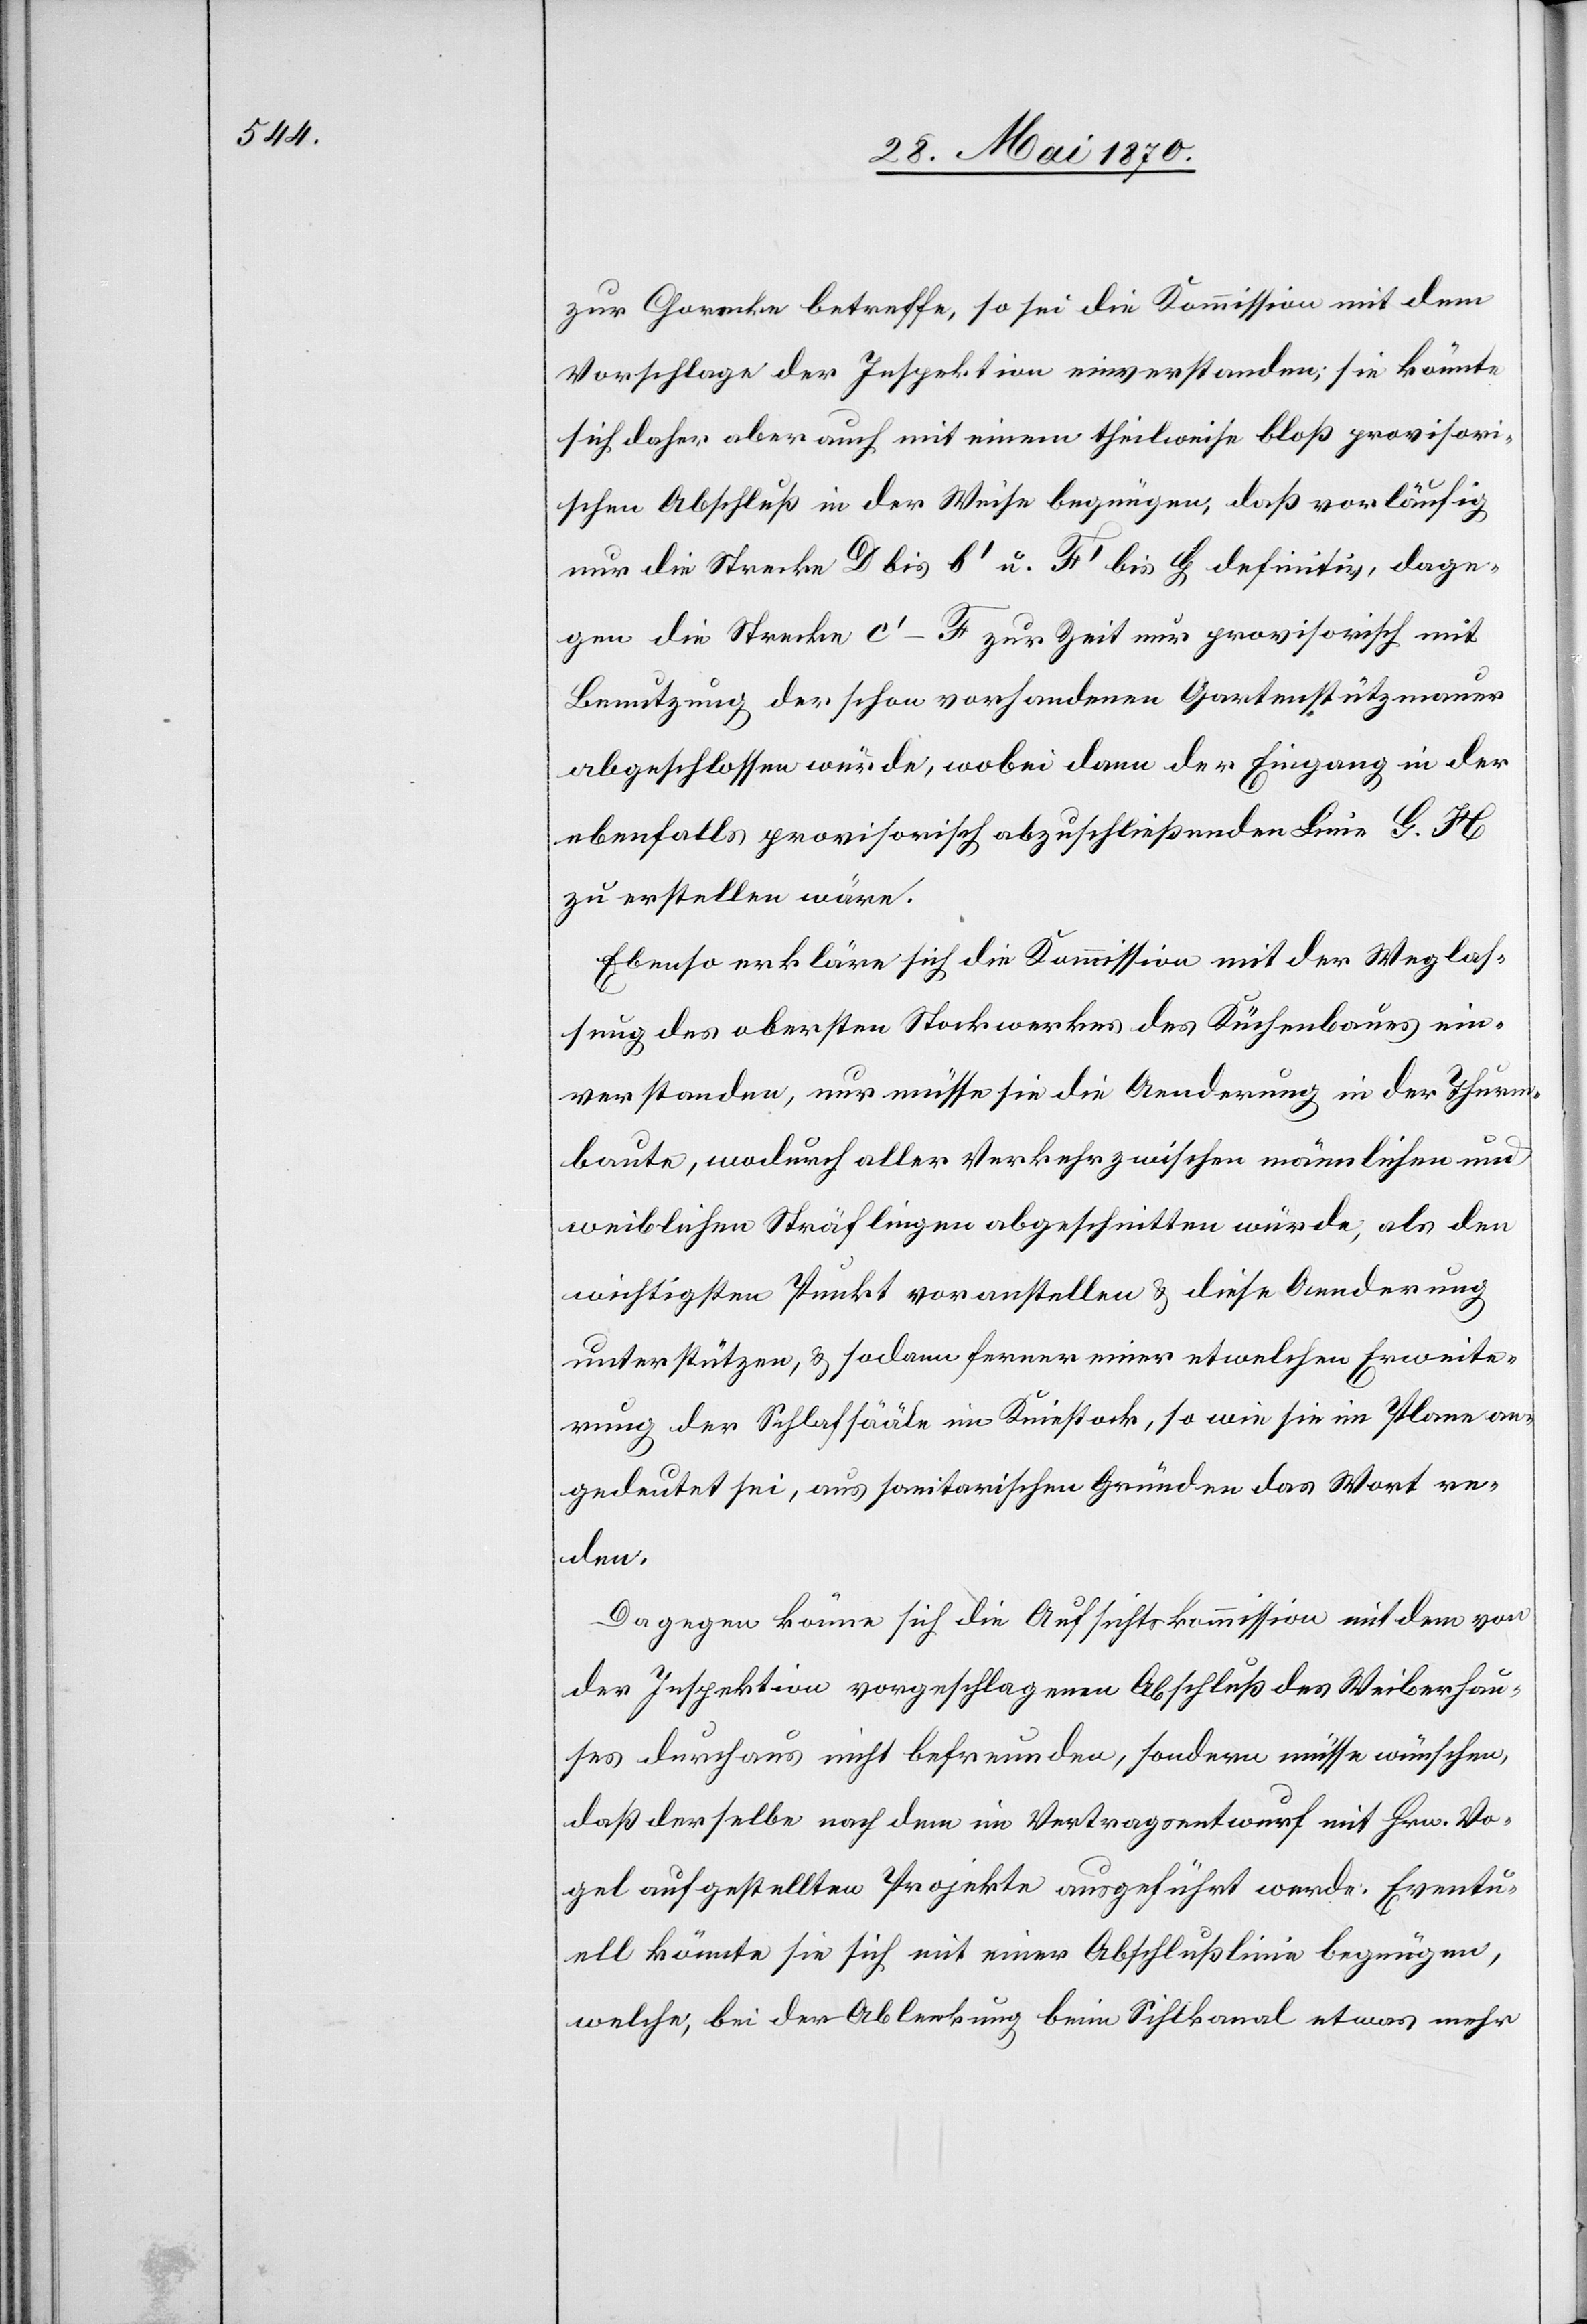
zur Chorecke betreffe, so sei die Kommission mit dem
Vorschlage der Inspektion einverstanden; sie könnte
sich daher aber auch mit einem theilweise bloß provisori¬
schen Abschluß in der Weise begnügen, daß vorläufig
nur die Strecke D bis b‘ u. F‘ bis G definitiv, dage¬
gen die Strecke c‘–F zur Zeit nur provisorisch mit
Benutzung der schon vorhandenen Gartenstützmauer
abgeschlossen würde, wobei dann der Eingang in der
ebenfalls provisorisch abzuschließenden Linie G. H
zu erstellen wäre.
Ebenso erkläre sich die Kommission mit der Weglas¬
sung des obersten Stockwerkes des Küchenbaues ein¬
verstanden, nur müsse sie die Aenderung in der Thurm¬
baute, wodurch aller Verkehr zwischen männlichen und
weiblichen Sträflingen abgeschnitten würde, als den
wichtigsten Punkt voranstellen & diese Aenderung
unterstützen, & sodann ferner einer etwelchen Erweite¬
rung der Schlafsääle im Kniestock, so wie sie im Plane an¬
gedeutet sei, aus sonitarischen [sic!] Gründen das Wort re¬
den.
Dagegen könne sich die Aufsichtskommission mit dem von
der Inspektion vorgeschlagenen Abschluß des Weiberhau¬
ses durchaus nicht befreunden, sondern müsse wünschen,
daß derselbe nach dem im Vertragsentwurf mit Hrn. Vo¬
gel aufgestellten Projekte ausgeführt werde. Eventu¬
ell könnte sie sich mit einer Abschlußlinie begnügen,
welche, bei der Ablenkung beim Sihlkanal etwas mehr